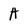
Character: A